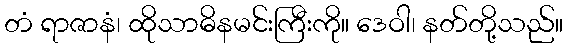
တံ ရာဇာနံ၊ ထိုသာဓိနမင်းကြီးကို။ ဒေဝါ၊ နတ်တို့သည်။